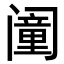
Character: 𬮸